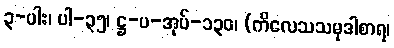
၃-ပါး၊ ပါ-၃၅၊ ဋ္ဌ-ပ-အုပ်-၁၃၀၊ (ကိလေသသမုဒါစာရ၊